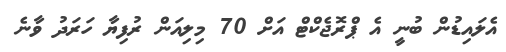
އެލައިޑުން ބުނީ އެ ޕްރޮޖެކްޓް އަށް 70 މިލިއަން ރުފިޔާ ހަރަދު ވާނެ